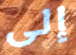
إلى